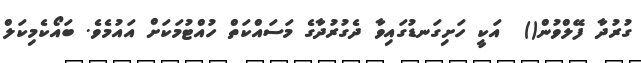
ގުރުދާ ފޭލްވުން()  އަކީ ހަށިގަނޑުގައިވާ ދެގުރުދާގެ މަސައްކަތް ހުއްޓުމަކަށް އައުމެވެ. ބައޯކެމިކަލް